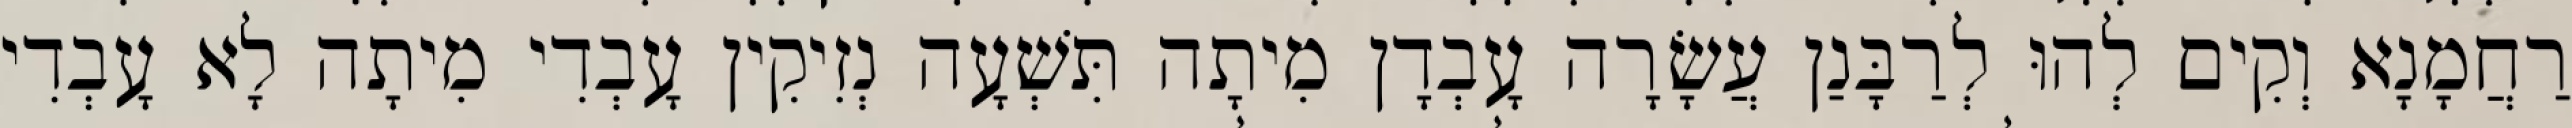
רַחֲמָנָא וְקִים לְהוּ לְרַבָּנַן עֲשָׂרָה עָבְדָן מִיתָה תִּשְׁעָה נְזִיקִין עָבְדִי מִיתָה לָא עָבְדִי